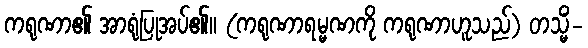
ကရုဏာ၏ အာရုံပြုအပ်၏။ (ကရုဏာရမ္မဏကို ကရုဏာဟူသည်) တသ္မိံ-